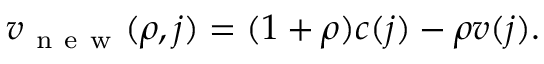
v _ { \mathrm { ~ n ~ e ~ w ~ } } ( \rho , j ) = ( 1 + \rho ) c ( j ) - \rho v ( j ) .